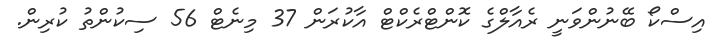
އިސްކޯ ބޭނުންވަނީ ރެއާލްގެ ކޮންޓްރެކްޓް އާކުރަން 37 މިނެޓް 56 ސިކުންތު ކުރިން.